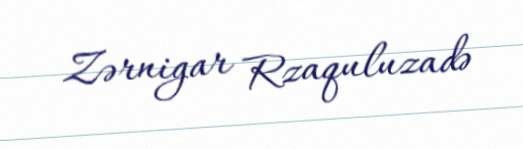
Zərnigar Rzaquluzadə